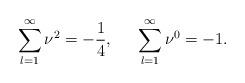
LaTeX: \begin{align*}\sum_{l=1}^{\infty}\nu^2=-\frac{1}{4},~~~~\sum_{l=1}^{\infty}\nu^0=-1.\end{align*}